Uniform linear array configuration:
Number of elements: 16
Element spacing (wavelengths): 0.75
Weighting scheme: exponential
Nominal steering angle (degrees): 0
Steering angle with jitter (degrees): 1.089
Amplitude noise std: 0.05
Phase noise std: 0.05

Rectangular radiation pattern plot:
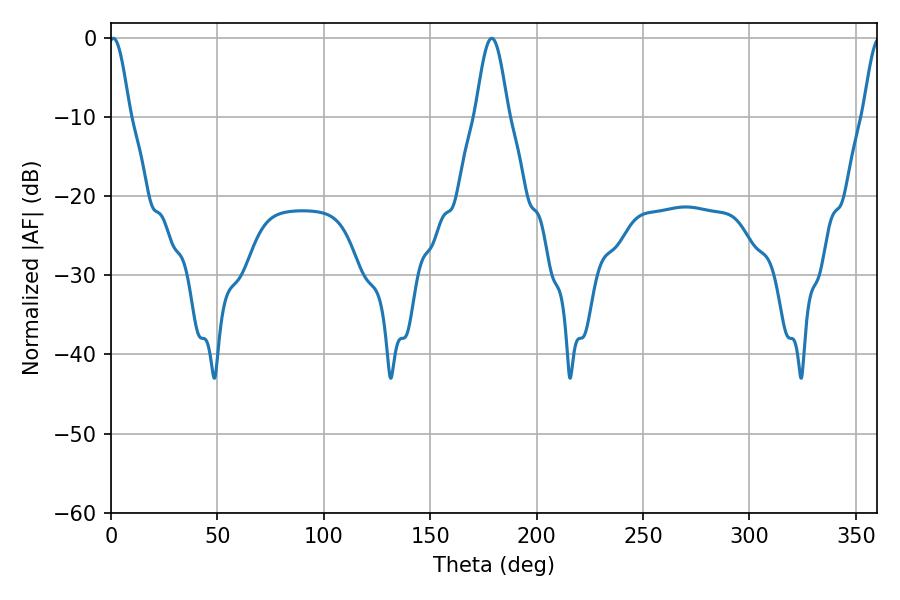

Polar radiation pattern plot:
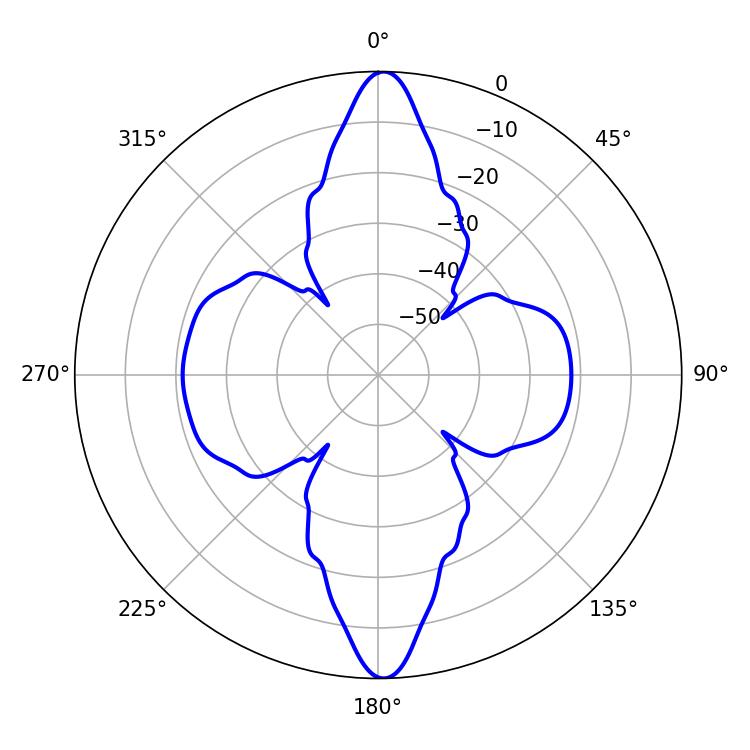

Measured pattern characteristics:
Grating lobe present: TRUE
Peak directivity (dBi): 26.346
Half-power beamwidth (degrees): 5.22
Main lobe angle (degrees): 1.08